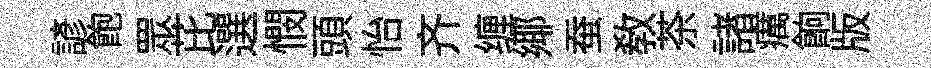
諺飽眾芘選憫頭怡齐缠鄊蚕教茶諸癘餉版